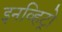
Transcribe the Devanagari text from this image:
इनव्हिट्रो